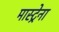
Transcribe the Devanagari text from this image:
मास्ट्रेना